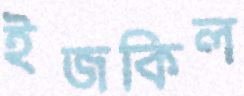
ইজকিল